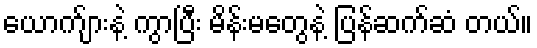
ယောက်ျားနဲ့ ကွာပြီး မိန်းမတွေနဲ့ ပြန်ဆက်ဆံ တယ်။